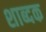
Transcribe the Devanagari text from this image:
शाब्दक